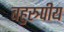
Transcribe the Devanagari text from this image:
बहुस्त्र्पीय